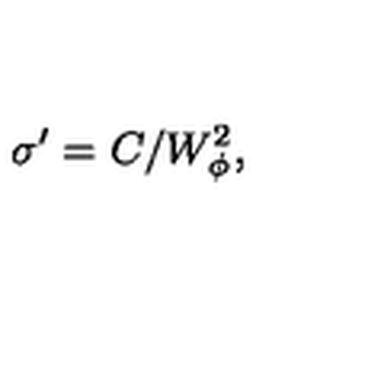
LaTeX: \sigma ^ { \prime } = C / W _ { \phi } ^ { 2 } ,